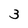
Character: 3